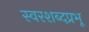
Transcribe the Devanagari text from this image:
स्वरशब्दप्रभू